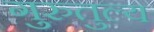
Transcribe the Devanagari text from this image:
गुरुतुल्य